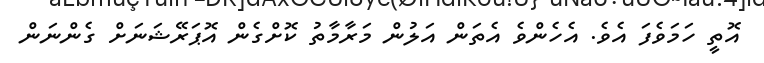
އޮތީ ހަމަވެފަ އެވެ. އެހެންވެ އެތަން އަލުން މަރާމާތު ކޮށްގެން އޮޕަރޭޝަނަށް ގެންނަން